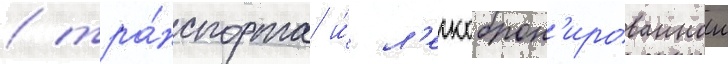
/ тра́нспорта и́ л'егкоброн'ированнои